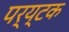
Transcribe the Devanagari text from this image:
पर्य्टक